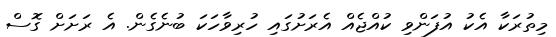
މިތުރަކާ އެކު އުފަންވި ކުއްޖެއް އެރަށުގައި ހުރިވާހަކަ ބުނެގެން. އެ ރަށަށް ގޮސް